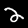
Digit: 2